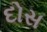
દોસ